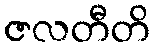
ဇလတီတိ